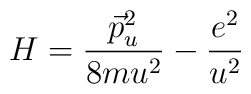
H =  \frac{ \vec{p} ^2 _u }{8m u^2} -                        \frac{e^2}{u^2}